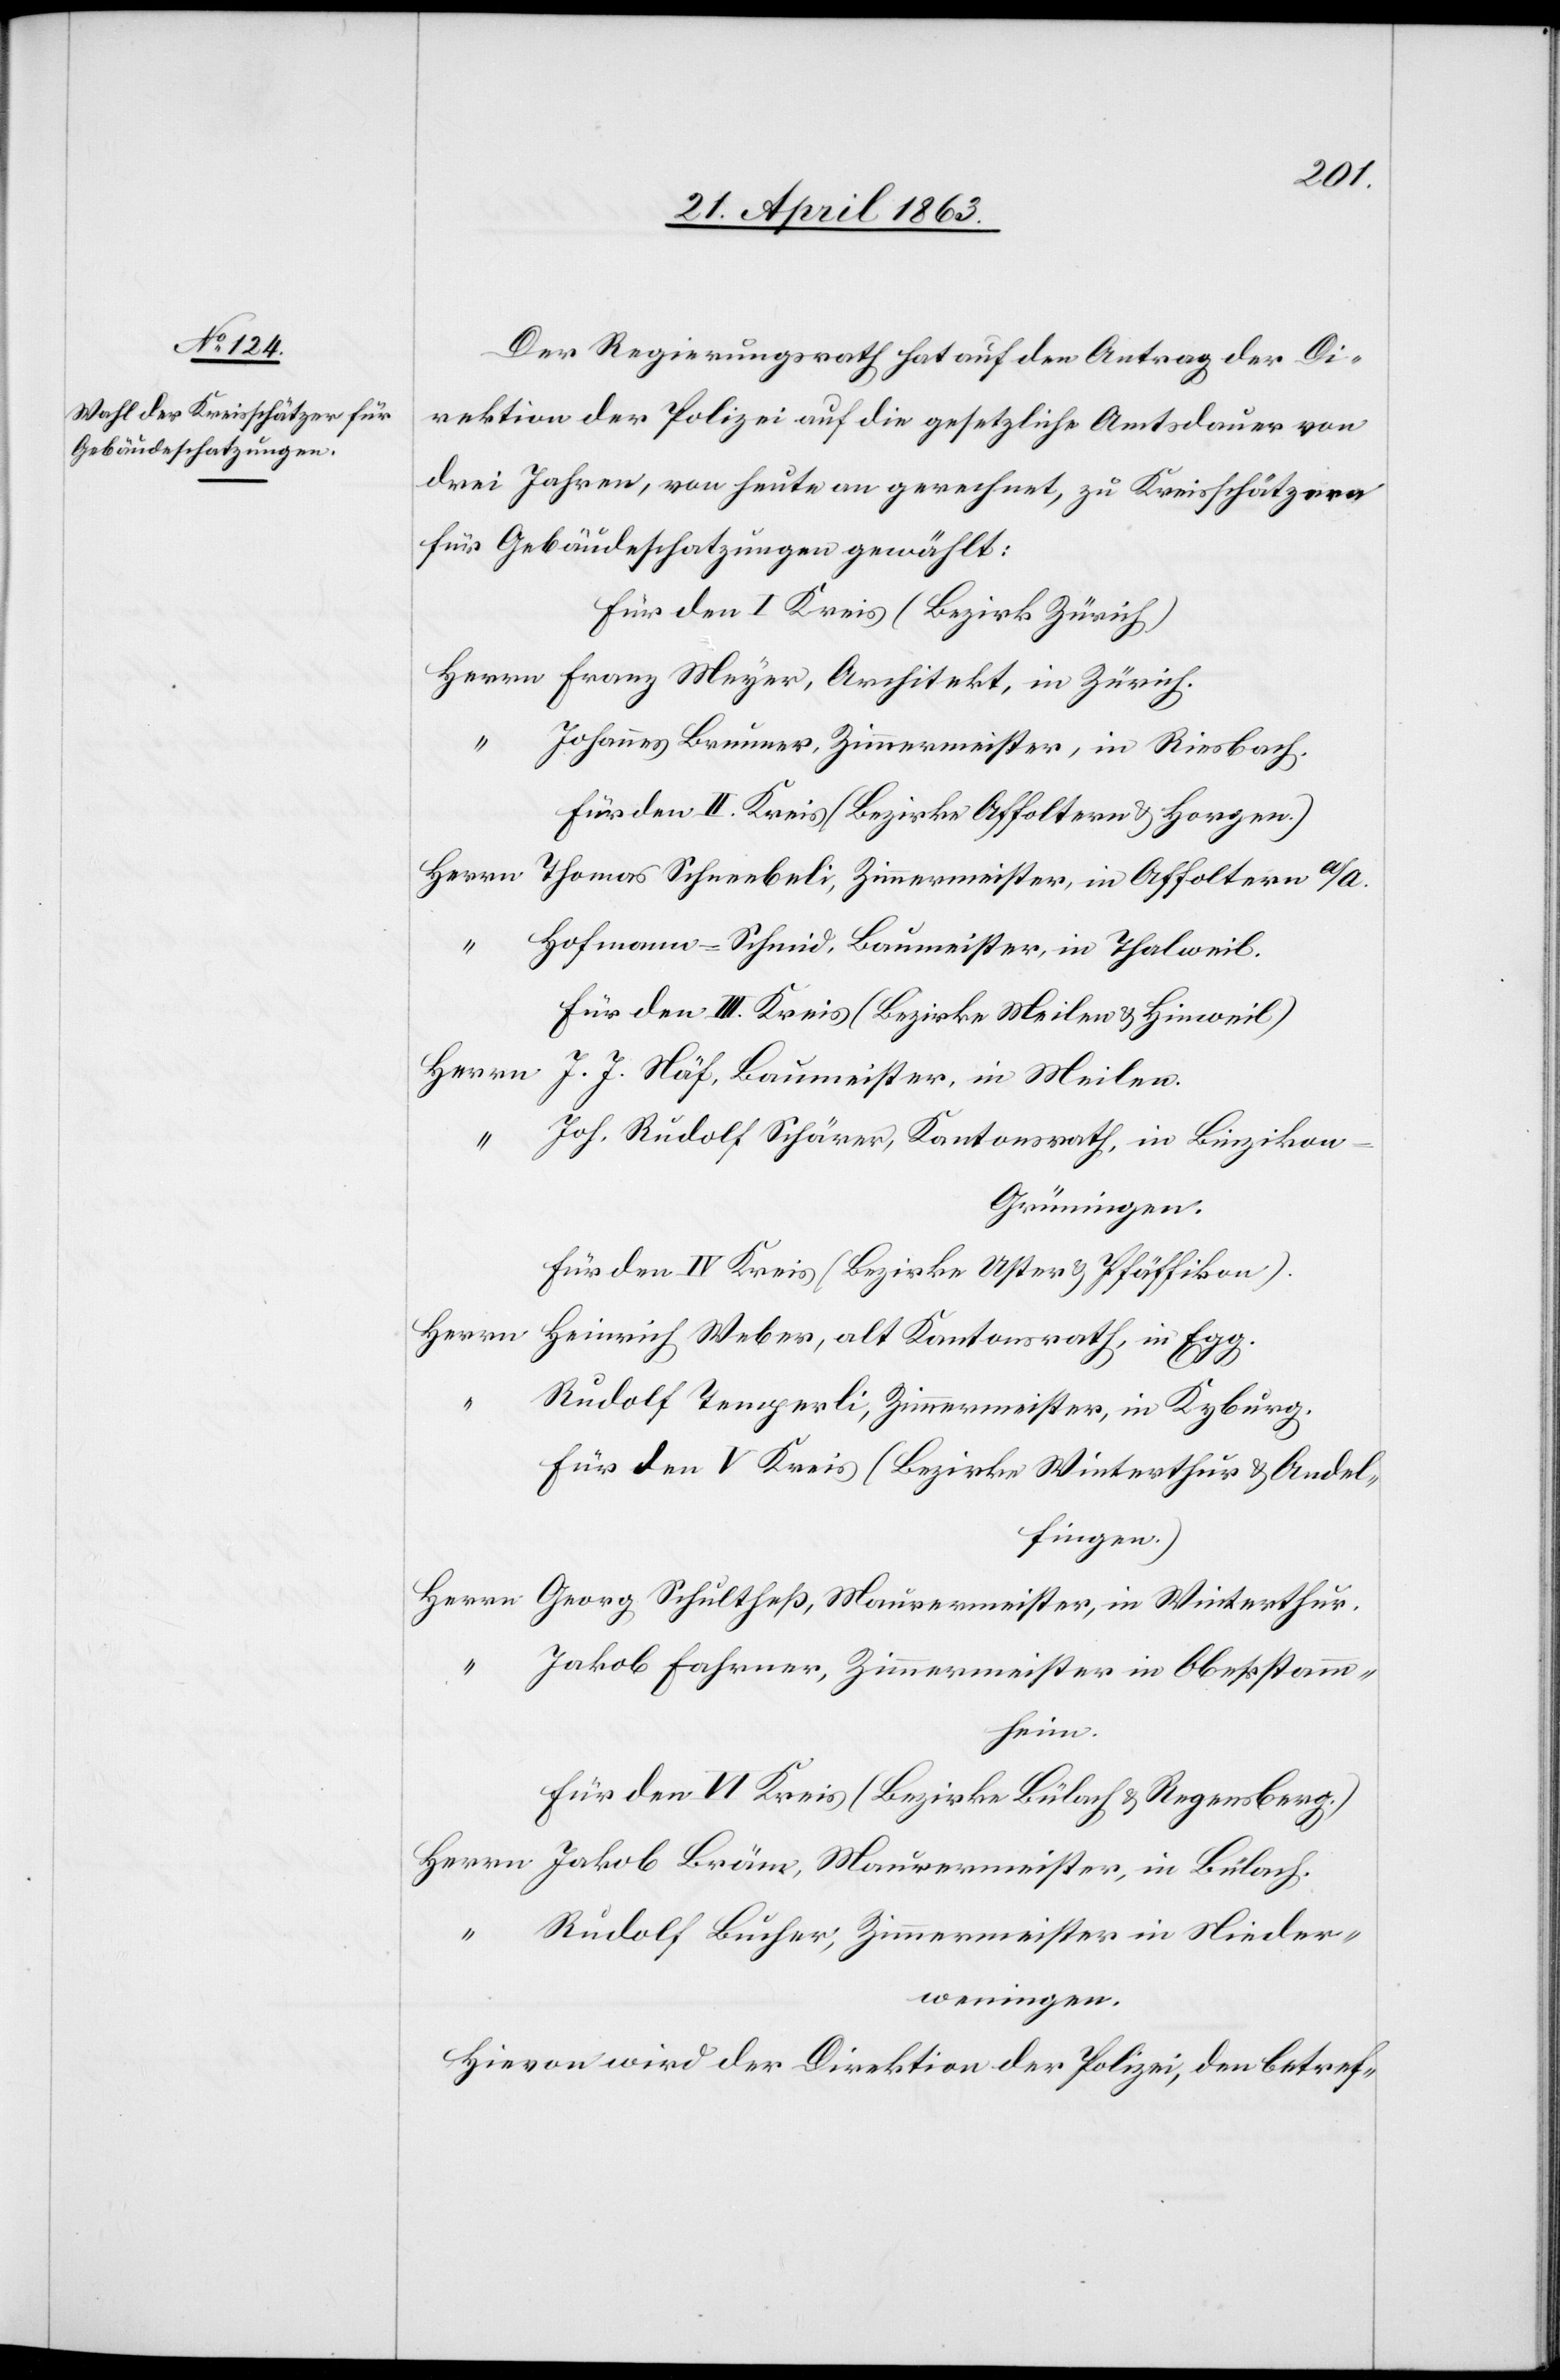
Der Regierungsrath hat auf den Antrag der Di¬
rektion der Polizei auf die gesetzliche Amtsdauer von
drei Jahren, von heute an gerechnet, zu Kreisschätzern
für Gebäudeschatzungen gewählt:
Für den I Kreis (Bezirk Zürich)
Herrn Franz Meyer, Architekt, in Zürich.
Johannes Brunner, Zimmermeister, in Riesbach.
Für den II. Kreis (Bezirke Affoltern & Horgen.)
Herrn Thomas Schneebeli, Zimmermeister, in Affoltern a/A.
Hofmann-Schmid, Baumeister, in Thalweil.
Für den III. Kreis (Bezirke Meilen & Hinweil)
Herrn J. J. Näf, Baumeister, in Meilen.
Joh. Rudolf Schärer, Kantonsrath, in Binzikon-G¬
rüningen.
Für den IV Kreis (Bezirke Uster & Pfäffikon).
Herrn Heinrich Weber, alt Kantonsrath, in Egg.
Rudolf Temperli, Zimmermeister, in Kyburg.
Für den V Kreis (Bezirke Winterthur & Andel¬
fingen.)
Herrn Georg Schultheß, Maurermeister, in Winterthur.
Jakob Fahrner, Zimmermeister in Oberstamm¬
heim.
Für den VI Kreis (Bezirke Bülach & Regensberg.)
Herrn Jakob Bräm, Maurermeister, in Bülach.
“	 Rudolf Bucher, Zimmermeister in Nieder¬
weningen.
Hievon wird der Direktion der Polizei, den betref-